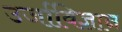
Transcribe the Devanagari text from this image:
उर्जाविज्ञान